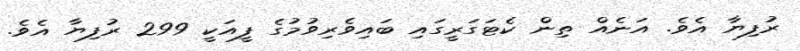
ރުފިޔާ އެވެ. އަނެއް ތިން ކެޓަގަރީގައި ބައިވެރިވުމުގެ ފީއަކީ 299 ރުފިޔާ އެވެ.